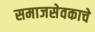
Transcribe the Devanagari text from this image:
समाजसेवकाचे